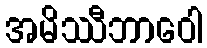
အမိဿီဘာဝေါ